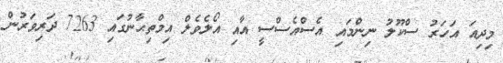
މިދިއަ އަހަރު ސްކޫލު ނިންމައި އެސްއެސްސީ އާއި އޯލެވެލް އިމްތިޙާނުގައި 7263 ދަރިވަރުން